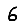
Digit: 6